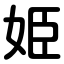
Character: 姫